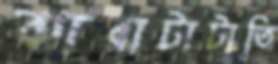
ঝারাটাটাতি